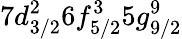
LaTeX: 7d_{3/2}^{2}6f_{5/2}^{3}5g_{9/2}^{9}